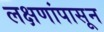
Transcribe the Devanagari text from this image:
लक्षणांपासून